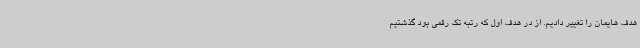
هدف هایمان را تغییر دادیم. از در هدف اول که رتبه تک رقمی بود گذشتیم